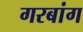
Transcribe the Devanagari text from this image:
गरबांग